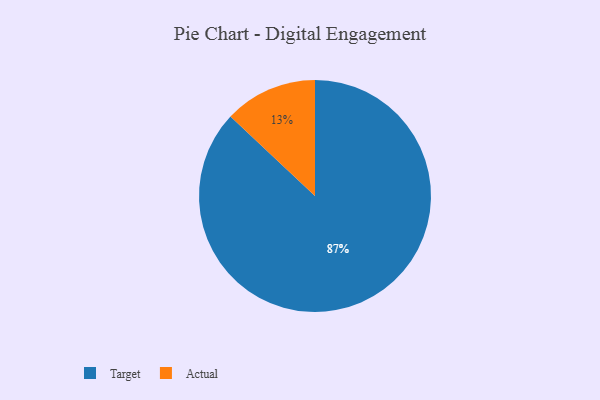
{"axis": {"x": "Category", "y": "Percentage"}, "legend": ["Actual", "Target"], "data": [{"x": "Target", "y": 87, "type": "Target"}, {"x": "Actual", "y": 13, "type": "Actual"}]}